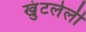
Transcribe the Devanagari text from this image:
खुंटलेली